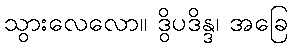
သွားလေလော။ ဒွိပဒိန္ဒ၊ အခြေ